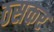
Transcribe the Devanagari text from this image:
ठसकर